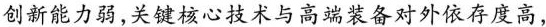
创新能力弱，关键核心技术与高端装备对外依存度高，